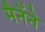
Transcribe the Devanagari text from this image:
मैनेंने